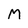
Character: M